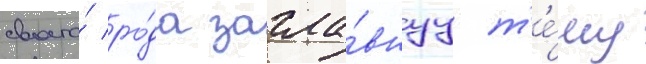
своего́ ро́да загла́внуу т'е́му